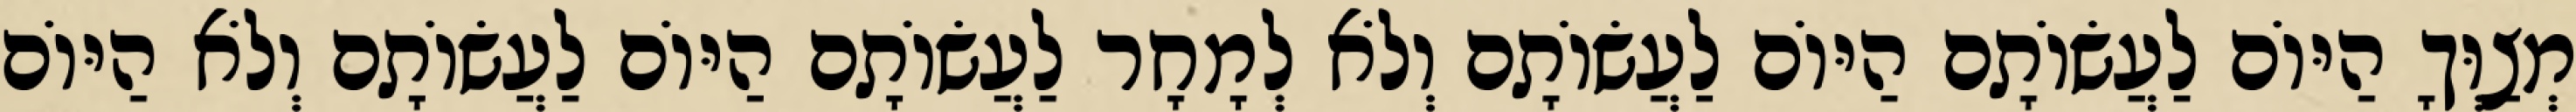
מְצַוְּךָ הַיּוֹם לַעֲשׂוֹתָם הַיּוֹם לַעֲשׂוֹתָם וְלֹא לְמָחָר לַעֲשׂוֹתָם הַיּוֹם לַעֲשׂוֹתָם וְלֹא הַיּוֹם